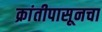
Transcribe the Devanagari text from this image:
क्रांतीपासूनचा